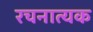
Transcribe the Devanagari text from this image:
रचनात्यक